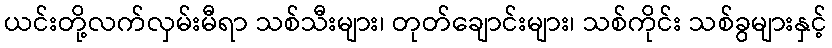
ယင်းတို့လက်လှမ်းမီရာ သစ်သီးများ၊ တုတ်ချောင်းများ၊ သစ်ကိုင်း သစ်ခွများနှင့်